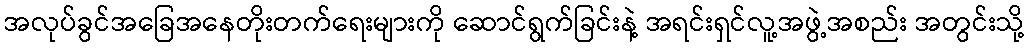
အလုပ်ခွင်အခြေအနေတိုးတက်ရေးများကို ဆောင်ရွက်ခြင်းနဲ့ အရင်းရှင်လူ့အဖွဲ့အစည်း အတွင်းသို့